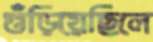
গুঁড়িয়েছিলে